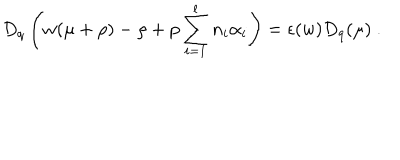
D _ { q } \left( w ( \mu + \rho ) - \rho + p \sum _ { i = 1 } ^ { l } n _ { i } \alpha _ { i } \right) = \epsilon ( w ) D _ { q } ( \mu ) ~ .